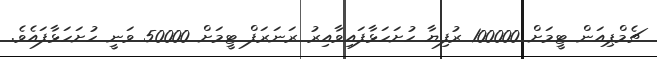
ޗެމްޕިއަން ޓީމަށް 100000 ރުފިޔާ ހުށަހަޅާފައިވާއިރު ރަނަރަފް ޓީމަށް 50000 ވަނީ ހުށަހަޅާފައެވެ.